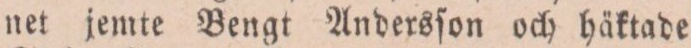
net jemte Bengt Andersſon och häktade